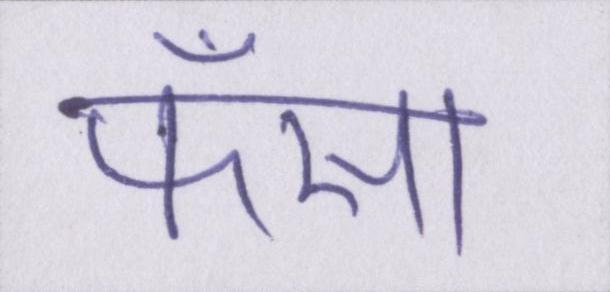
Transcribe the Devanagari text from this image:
फँसा